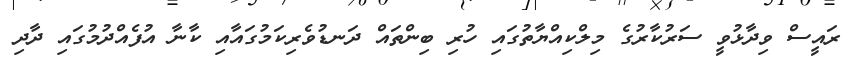
ރައީސް ވިދާޅުވީ ސަރުކާރުގެ މިލްކިއްޔާތުގައި ހުރި ބިންތައް ދަނޑުވެރިކަމުގައާއި ކާނާ އުފެއްދުމުގައި ދާދި